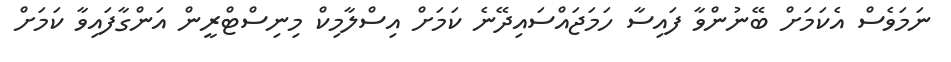
ނަމަވެސް އެކަމަށް ބޭނުންވާ ފައިސާ ހަމަޖައްސައިދޭނެ ކަމަށް އިސްލާމިކް މިނިސްޓްރީން އަންގާފައިވާ ކަމަށް